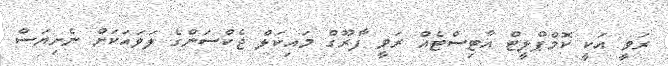
ރަވީ އަކީ ކޮމްޕްލީޓް އާޓިސްޓެއް ރަވީ ފާރޫގް މައިކަލް ޖެކްސަންގެ ލަވައަކަށް ނެށިޔަސް